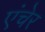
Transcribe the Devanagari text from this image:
एंचेर